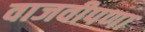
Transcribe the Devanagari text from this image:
वाजवीपणा